Indian journal of veterinary science and animal husbandry - Volume 14,
Year: 1944
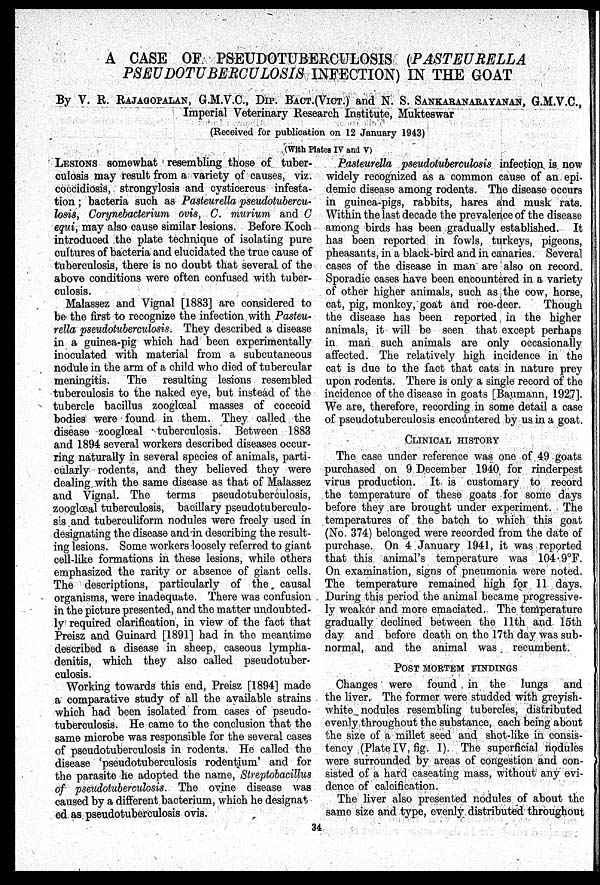
A CASE OF PSEUDOTUBERCULOSIS (PASTEURELLA
PSEUDOTUBERCULOSIS INFECTION) IN THE GOAT
By V. R. RAJAGOPALAN, G.M.V.C., DIP. BACT.(VICT.) and N. S. SANKARANARAYANAN, G.M.V.C.,
Imperial Veterinary Research Institute, Mukteswar
(Received for publication on 12 January 1943)
(With Plates IV and V)
LESIONS somewhat resembling those of tuber-
culosis may result from a variety of causes, viz.
coccidiosis, strongylosis and cysticercus infesta-
tion; bacteria such as Pasteurella pseudotubercu-
losis, Corynebacterium ovis, C. murium and C
equi, may also cause similar lesions. Before Koch
introduced the plate technique of isolating pure
cultures of bacteria and elucidated the true cause of
tuberculosis, there is no doubt that several of the
above conditions were often confused with tuber-
culosis.
Malassez and Vignal [1883] are considered to
be the first to recognize the infection with Pasteu-
rella pseudotuberculosis. They described a disease
in a guinea-pig which had been experimentally
inoculated with material from a subcutaneous
nodule in the arm of a child who died of tubercular
meningitis. The resulting lesions resembled
tuberculosis to the naked eye, but instead of the
tubercle bacillus zooglœal masses of coccoid
bodies were found in them. They called the
disease zooglœal tuberculosis. Between 1883
and 1894 several workers described diseases occur-
ring naturally in several species of animals, parti-
cularly rodents, and they believed they were
dealing with the same disease as that of Malassez
and Vignal. The terms
pseudotuberculosis,
zooglœal tuberculosis, bacillary pseudotuberculo-
sis and tuberculiform nodules were freely used in
designating the disease and in describing the result-
ing lesions. Some workers loosely referred to giant
cell-like formations in these lesions, while others
emphasized the rarity or absence of giant cells.
The descriptions, particularly of the causal
organisms, were inadequate. There was confusion
in the picture presented, and the matter undoubted-
ly required clarification, in view of the fact that
Preisz and Guinard [1891] had in the meantime
described a disease in sheep, caseous lympha-
denitis, which they also called pseudotuber-
culosis.
Working towards this end, Preisz [1894] made
a comparative study of all the available strains
which had been isolated from cases of pseudo-
tuberculosis. He came to the conclusion that the
same microbe was responsible for the several cases
of pseudotuberculosis in rodents. He called the
disease 'pseudotuberculosis rodentium' and for
the parasite he adopted the name, Streptobacillus
of pseudotuberculosis. The ovine disease was
caused by a different bacterium, which he designat
ed as pseudotuberculosis ovis.
Pasteurella pseudotuberculosis infection is now
widely recognized as a common cause of an epi-
demic disease among rodents. The disease occurs
in guinea-pigs, rabbits, hares and musk rats.
Within the last decade the prevalence of the disease
among birds has been gradually established. It
has been reported in fowls, turkeys, pigeons,
pheasants, in a black-bird and in canaries. Several
cases of the disease in man are also on record.
Sporadic cases have been encountered in a variety
of other higher animals, such as the cow, horse,
cat, pig, monkey, goat and roe-deer.
Though
the disease has been reported in the higher
animals, it will be seen that except perhaps
in man such animals are only occasionally
affected. The relatively high incidence in the
cat is due to the fact that cats in nature prey
upon rodents. There is only a single record of the
incidence of the disease in goats [Baumann, 1927].
We are, therefore, recording in some detail a case
of pseudotuberculosis encountered by us in a goat.
CLINICAL HISTORY
The case under reference was one of 49 goats
purchased on 9 December 1940 for rinderpest
virus production. It is customary to record
the temperature of these goats for some days
before they are brought under experiment. The
temperatures of the batch to which this goat
(No. 374) belonged were recorded from the date of
purchase. On 4 January 1941, it was reported
that this animal's temperature was 104.9ºF.
On examination, signs of pneumonia were noted.
The temperature remained high for 11 days.
During this period the animal became progressive-
ly weaker and more emaciated. The temperature
gradually declined between the 11th and 15th
day and before death on the 17th day was sub-
normal, and the animal was recumbent.
POST MORTEM FINDINGS
Changes were found in the lungs and
the liver. The former were studded with greyish-
white nodules resembling tubercles, distributed
evenly throughout the substance, each being about
the size of a millet seed and shot-like in consis-
tency (Plate IV, fig. 1). The superficial nodules
were surrounded by areas of congestion and con-
sisted of a hard caseating mass, without any evi-
dence of calcification.
The liver also presented nodules of about the
same size and type, evenly distributed throughout
34